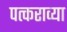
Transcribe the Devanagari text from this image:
पत्कराव्या